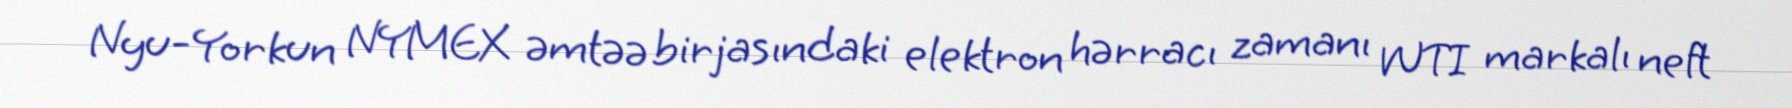
Nyu-Yorkun NYMEX əmtəə birjasındaki elektron hərracı zamanı WTI markalı neft